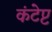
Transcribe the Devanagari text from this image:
कंटेप्ट